Supplement to the account of plague administration in the Bombay Presidency from September 1896 till May 1897
Year: 1896
Disease focus: Plague
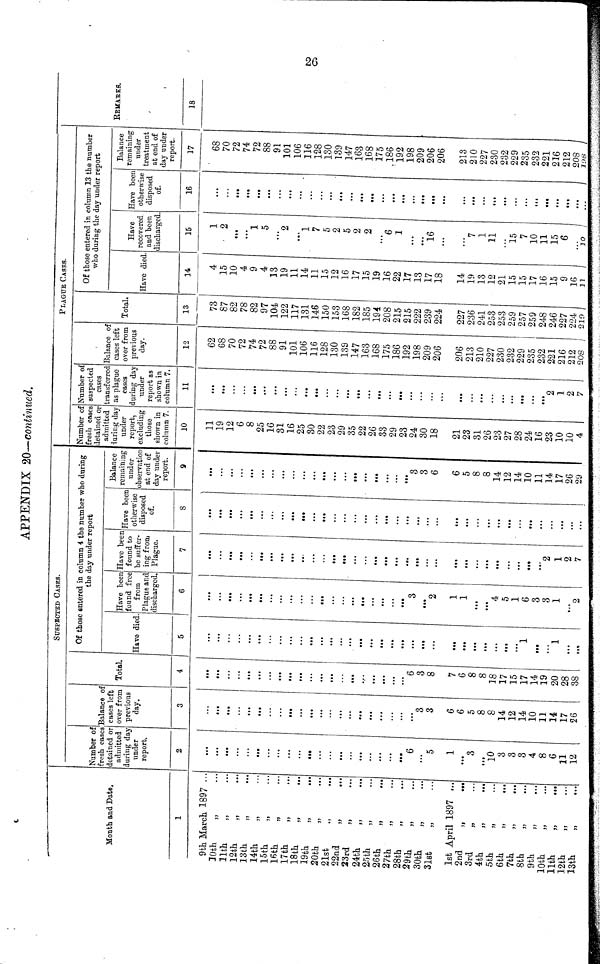
APPENDIX 20—continued.
Month and Date,
1
9th March 1897 ...
30th
„
11th
12th
13th
14th
15th
16th
17th
„
18th
19th
20th
2l8t
22nd
23rd
24th
25th
„
26th
27th
28th
29th
30th
31st
1st April 1897 ...
2nd
,,
...
3rd
„
4th
„
.,,
5th
„
6th
„
...
7th
8th
9th
10th
„
11th
„
...
12th
„
13th
„
SUSPEOTED GASES.
Number of
fresh cases
detained or
admitted
during day
under
report.
2
...
...
...
...
...
...
...
...
...
...
...
...
...
...
...
...
...
6
5
1
...
3
...
10
3
3
3
4
8
6
11
12
Balance of
cases left
over from
previous
day.
3
...
...
...
...
...
...
...
...
...
...
...
...
...
...
...
...
...
...
...
...
3
3
6
6
5
8
8
14
12
14
10
11
14
17
26
Total.
4
...
...
...
...
...
...
...
...
...
...
...
...
...
...
...
...
...
...
...
6
3
8
7
6
8
8
28
17
15
17
14
19
20
28
38
Of those entered in column 4 the number who during
Have died.
5
...
...
...
...
...
...
...
...
...
...
...
...
...
...
...
...
...
...
...
...
...
...
...
...
...
...
...
...
...
...
...
...
...
...
...
the day under report
Have been
found free
from
Plague and
discharged.
6
...
...
...
...
...
...
...
...
...
...
...
...
...
...
...
...
...
...
...
...
3
...
2
1
1
...
...
4
5
1
6
3
3
1
...
2
Have been
found to
be suffer
ing from
Plague.
7
...
...
...
...
...
...
...
...
...
...
...
...
...
...
...
...
...
...
...
...
...
...
...
...
....
...
...
2
1
2
7
Have been
otherwise
disposed
of.
8
...
...
...
...
...
...
...
...
...
...
...
...
...
...
...
...
...
...
...
...
...
...
...
...
...
...
...
...
...
...
...
...
...
...
...
Balance
remaining
under
observation
at end of
day under
report.
9
...
...
...
...
...
...
...
...
...
...
...
...
...
...
...
...
...
...
...
...
3
3
6
6
5
8
8
14
12
14
10
11
14
17
26
29
PLAGUE CASES
Number of
fresh cases
detained or
admitted
luring day
under
report,
excluding
those
shown in
column 7.
10
11
19
12
6
8
25
16
31
16
25
30
22
23
29
35
22
26
33
29
23
24
30
18
21
23
31
26
23
27
28
24
16
23
10
10
4
Number of
suspected
cases
transferred
as plaguo
cases
during day
under
report as
shown in
column 7.
11
...
...
...
...
...
...
...
...
...
...
...
...
...
...
...
...
...
...
...
...
...
...
...
...
...
...
2
1
2
7
Balance of
cases left
over from
previous
day.
12
62
68
70
72
74
72
88
91
101
106
116
128
130
139
147
163
168
175
186
192
198
209
206
206
213
210
227
230
232
229
235
232
221
216
212
208
Total.
13
73
87
82
78
82
97
104
122
117
131
146
150
153
168
182
185
194
208
215
215
222
239
224
227
236
241
253
253
259
257
259
248
246
227
224
219
Of those entered in column 13 the number
who during the day under report
Have died.
14
4
15
10
4
9
4
13
19
11
14
11
15
12
16
17
15
19
16
22
17
13
17
18
14
19
13
12
21
15
15
17
16
15
9
16
11
Have
recovered
and been
discharged
15
1
2
...
...
1
5
...
2
...
1
7
5
2
5
2
2
...
6
1
...
16
...
7
1
11
...
15
7
10
11
15
6
10
Have been
otherwise
disposed
of.
16
...
...
...
...
...
...
...
...
...
...
...
...
...
...
...
...
...
...
...
...
...
...
...
Balance
remaining
under
treatment
at end of
day under
report.
17
68
70
72
74
72
88
91
101
106
116
128
130
139
147
163
168
175
186
192
198
209
206
206
213
210
227
230
232
229
235
232
221
216
212
208
198
REMARKS
18